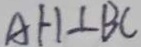
A H \bot B C